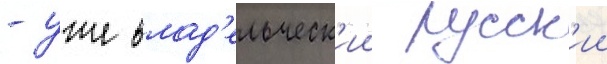
- уже влад'ельческ'ии русск'ии